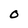
Character: O